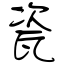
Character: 瓷